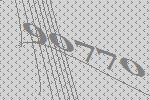
90770